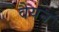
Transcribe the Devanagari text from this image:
वैयन